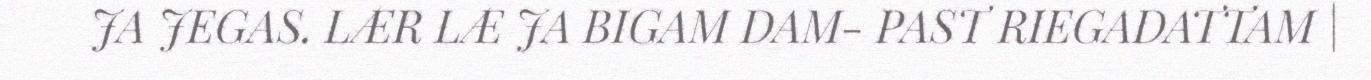
JA JEGAS. LÆR LÆ JA BIGAM DAM- PAST RIEGADATTAM |